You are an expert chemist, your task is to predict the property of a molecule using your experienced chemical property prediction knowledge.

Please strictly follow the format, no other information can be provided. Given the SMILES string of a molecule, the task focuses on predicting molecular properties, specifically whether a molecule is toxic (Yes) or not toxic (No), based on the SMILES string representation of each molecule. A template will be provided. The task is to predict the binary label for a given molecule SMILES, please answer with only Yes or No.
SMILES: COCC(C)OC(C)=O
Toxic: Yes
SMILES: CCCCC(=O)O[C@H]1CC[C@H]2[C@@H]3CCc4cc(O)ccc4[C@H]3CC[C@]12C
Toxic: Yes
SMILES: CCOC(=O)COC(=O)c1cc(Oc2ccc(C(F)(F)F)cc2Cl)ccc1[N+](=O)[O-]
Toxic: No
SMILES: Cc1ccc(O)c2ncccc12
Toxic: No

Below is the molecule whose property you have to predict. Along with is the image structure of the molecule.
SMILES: C=CC(=O)OCC(C)O
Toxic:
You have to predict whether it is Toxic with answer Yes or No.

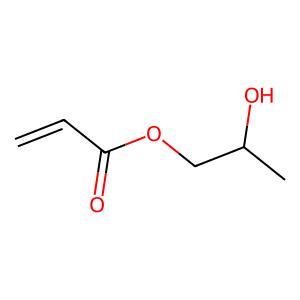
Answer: No